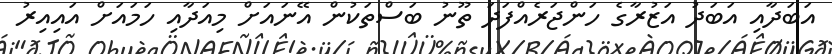
އަބަދާއި އަބަދު އަޒުރާގެ ހަންޖަރެއްފަދަ ތޫނު ބަސްތަކުން އޭނައަށް މިއަދާއި ހަމައަށް އައިއިރު